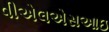
વીએલએસઆઇ